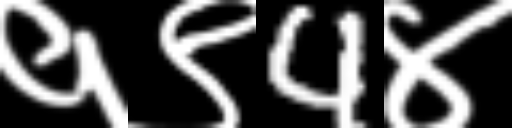
Text: १९4४